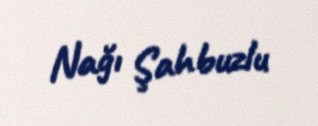
Nağı Şahbuzlu